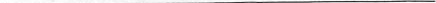
___